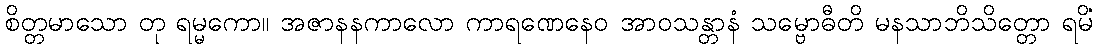
စိတ္တမာသော တု ရမ္မကော။ အဇာနနကာလော ကာရဏေနေဝ အာဝသန္တာနံ သမ္ဗောဓီတိ မနသာဘိသိတ္တော ရမိံ